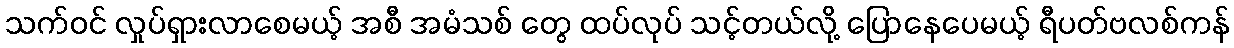
သက်ဝင် လှုပ်ရှားလာစေမယ့် အစီ အမံသစ် တွေ ထပ်လုပ် သင့်တယ်လို့ ပြောနေပေမယ့် ရီပတ်ဗလစ်ကန်